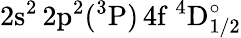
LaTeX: \mathrm{2s^{2}\, 2p^{2}(^{3}P)\, 4f~^{4}D_{1/2}^{\circ}}